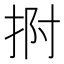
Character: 𭠯